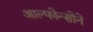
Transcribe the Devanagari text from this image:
आल्फोन्सोने